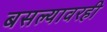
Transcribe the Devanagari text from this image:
बसल्यावरही